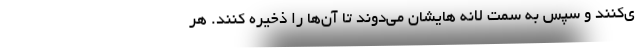
ی‌کنند و سپس به سمت لانه هایشان می‌دوند تا آن‌ها را ذخیره کنند. هر